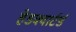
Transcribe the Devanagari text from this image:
हेडक्वार्टर्ड